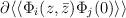
LaTeX: \begin{align*}\partial\langle\langle\Phi_i(z,\bar z)\Phi_j(0)\rangle\rangle\end{align*}